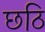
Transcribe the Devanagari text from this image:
छठि